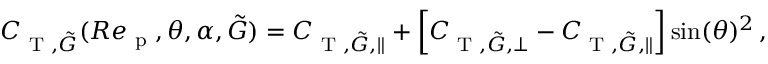
C _ { \textup { T } , \tilde { G } } ( R e _ { \textup { p } } , \theta , \alpha , \tilde { G } ) = C _ { \textup { T } , \tilde { G } , \parallel } + \left[ C _ { \textup { T } , \tilde { G } , \perp } - C _ { \textup { T } , \tilde { G } , \parallel } \right] \sin ( \theta ) ^ { 2 } \, ,